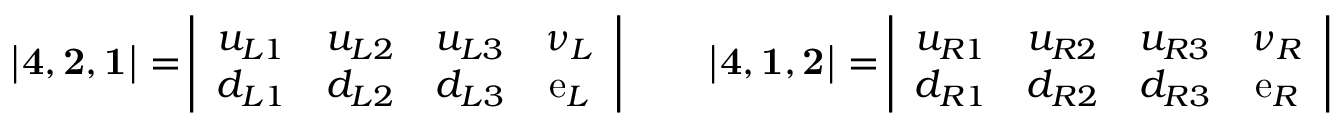
{ \bf | 4 , 2 , 1 | = } \left| \begin{array} { c c c c } { { u _ { L 1 } } } & { { u _ { L 2 } } } & { { u _ { L 3 } } } & { { \nu _ { L } } } \\ { { d _ { L 1 } } } & { { d _ { L 2 } } } & { { d _ { L 3 } } } & { { \mathrm { e } _ { L } } } \end{array} \right| \ \ \ \ \ \ { \bf | 4 , 1 , 2 | = } \left| \begin{array} { c c c c } { { u _ { R 1 } } } & { { u _ { R 2 } } } & { { u _ { R 3 } } } & { { \nu _ { R } } } \\ { { d _ { R 1 } } } & { { d _ { R 2 } } } & { { d _ { R 3 } } } & { { \mathrm { e } _ { R } } } \end{array} \right|